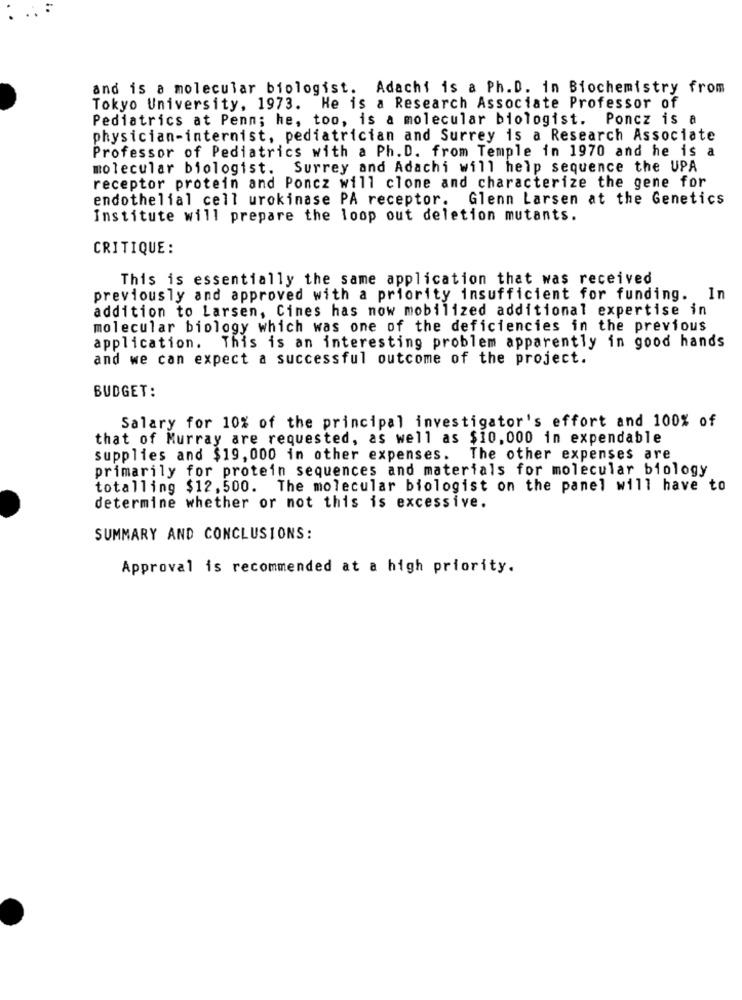
and is a molecular biologist. Adachi is a Ph.D. in Biochemistry from
Tokyo University, 1973. He is a Research Associate Professor of
Pediatrics at Penn; he, too, is a molecular biologist. Poncz is a
physician-internist, pediatrician and Surrey is a Research Associate
Professor of Pediatrics with a Ph. D. from Temple in 1970 and he is a
molecular biologist. Surrey and Adachi will help sequence the UPA
receptor protein and Poncz will clone and characterize the gene for
endothelial cell urokinase PA receptor. Glenn Larsen at the Genetics
Institute will prepare the loop out deletion mutants.
CRITIQUE:
This is essentially the same application that was received
previously and approved with a priority insufficient for funding. In
addition to Larsen, Cines has now mobilized additional expertise in
molecular biology which was one of the deficiencies in the previous
application. This is an interesting problem apparently in good hands
and we can expect a successful outcome of the project.
BUDGET:
Salary for 10% of the principal investigator's effort and 100% of
that of Murray are requested, as well as $10,000 in expendable
supplies and $19, 000 in other expenses. The other expenses are
primarily for protein sequences and materials for molecular biology
totalling $12, 500. The molecular biologist on the panel will have to
determine whether or not this is excessive.
SUMMARY AND CONCLUSIONS:
Approval is recommended at a high priority.